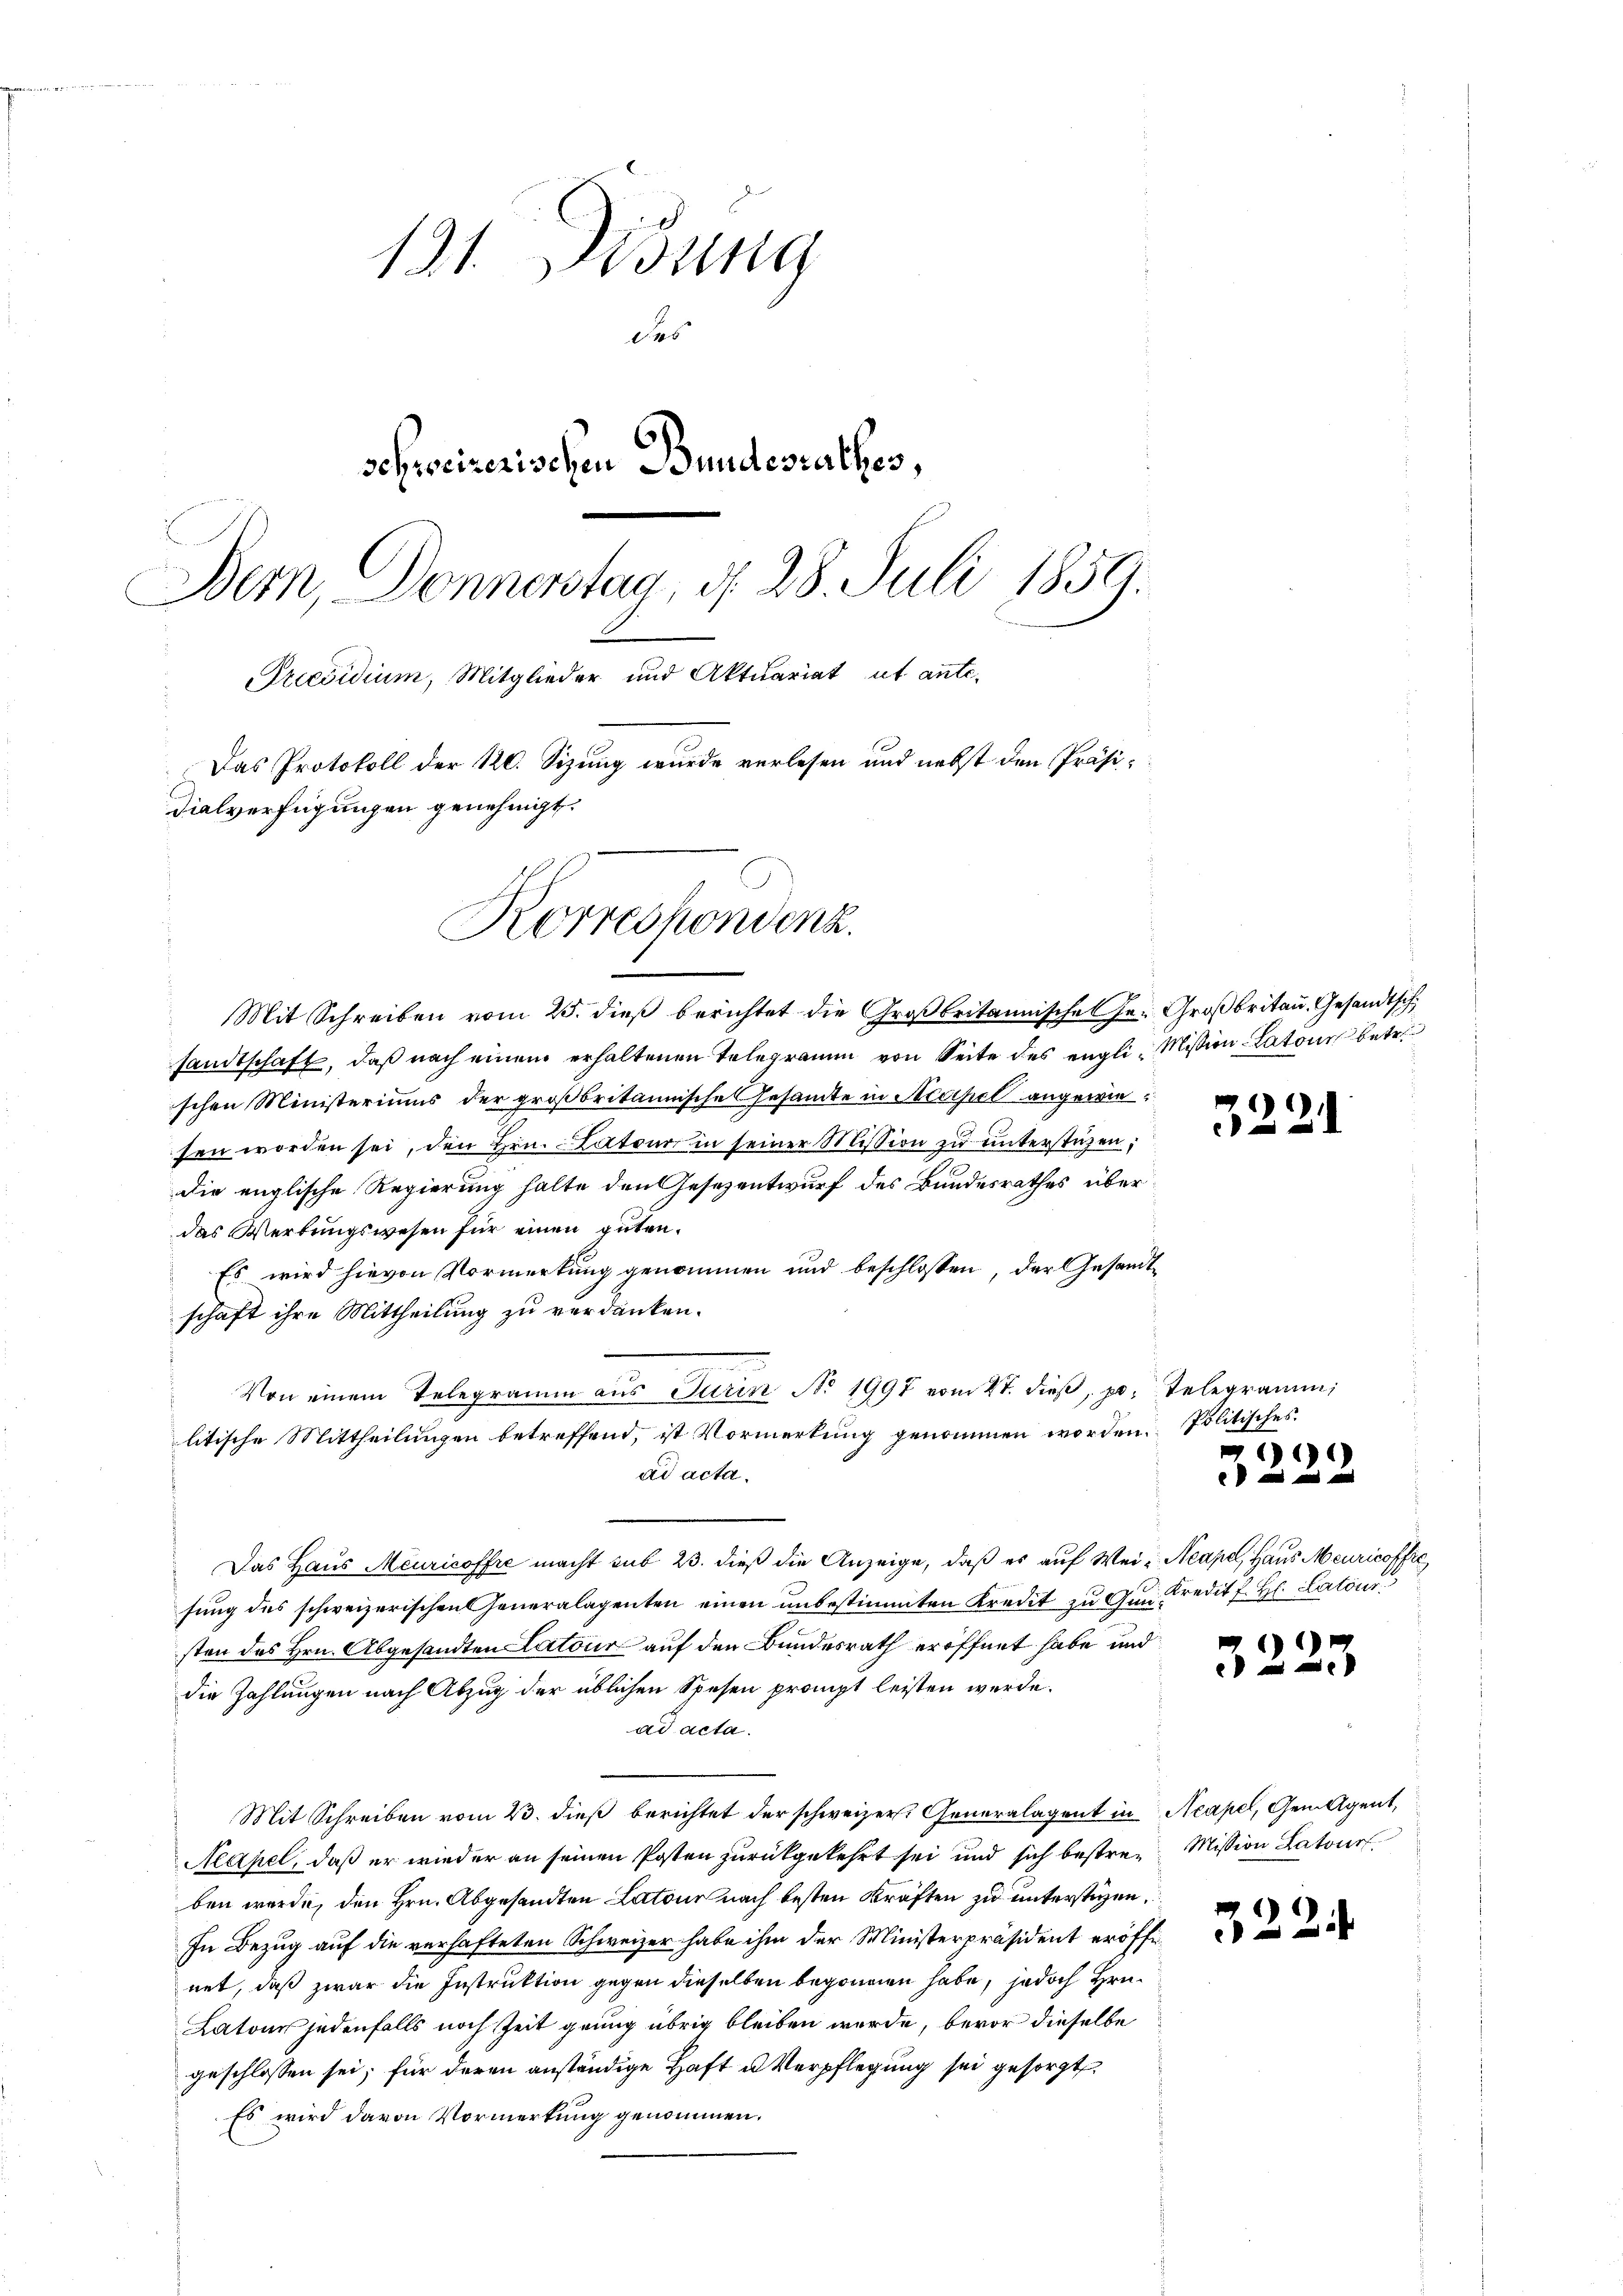
131. Didung
des
schweizerischen Bundesrathes,
Bern, Donnerstag, d. 28. Juli 1859.
Preesidium, Mitglieder und Aktuariat ut ante-
Das Protokoll der 120. Sizung wurde verlesen und nebst den Präsidialverfügungen genehmigt.

Korrespondenz.

Mit Schreiben vom 25. dieß berichtet die Großbritannische er Großbritan, Gesandtsch
sandtschaft, daß nach einem erhaltenen Telegramm von Seite des engli, Mission-Latons betr.
schen Ministeriums der großbritannische Gesamte in Accisel angewiesen worden sei, den Hrn. Latoner in seiner Mission zŭ ŭnterstüzen;
die englische Regierung halte den Gesezentwurf des Bundesrathes über
das Werbungswesen für einen guten.
Es wird hievon Vormerkung genommen und beschlossen, der Gesandtschaft ihre Mittheilung zu verdanken.
Von einem Telegramm aŭs Jurin No 1997 vom 2t. dieβ, p. Telegrammi
litische Mittheilungen betreffend, ist Vormerkung genommen worden. Politisches
ad acta.
Das Haus Meuricoffre macht sub 23. dieß die Anzeige, daß es auf Wei-Neapel, Haus Meuricoffre
sung des schweizerischen Generalagenten einen unbestimmten Kredit zu Gun Kredit fr. H. Latour
sten des Hrn. Abgesandten Latour auf den Bundesrath eröffnet habe und
die Zahlungen nach Abzug der üblichen Spesen prompt leisten werde.
ad acta.
Mit Schreiben vom 23. dieß berichtet der schweizer. Generalagent in Neapel, Gemagent,
Neapel, daß er wieder an seinen Posten zurückgekehrt sei und sich bestreu Mission Latour
ben werde, den Hrn. Abgesandten Latour nach besten Kräften zu unterstüzen.
In Bezug auf die verhafteten Schweizer habe ihm der Ministerpräsident eröffe
net, daß zwar die Instruktion gegen dieselben begonnen habe, jedoch Hrn.
Latone jedenfalls noch Zeit grung übrig bleiben wurde, bevor dieselbe
geschlossen sei; für deren anständige Haft u. Verpflegung sei gesorgt,
Es wird davon Vormerkung genommen.

3221

)
  und und

)

322